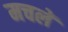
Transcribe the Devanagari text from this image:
मचलें